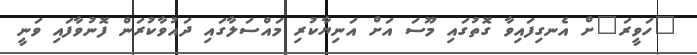
"ހަވީރަ"ށް އެނގިފައިވާ ގޮތުގައި މޫސަ އަށް އަނިޔާކުރި މައްސަލާގައި ދައުވާކުރަން ފޮނުވާފައި ވަނީ